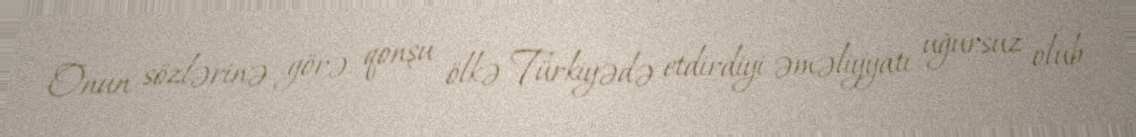
Onun sözlərinə görə, qonşu ölkə Türkiyədə etdirdiyi əməliyyatı uğursuz olub: